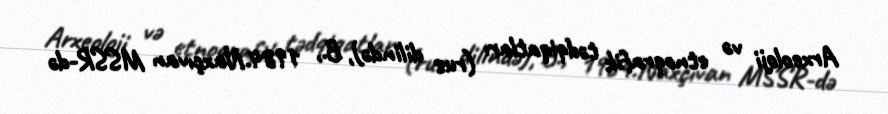
Arxeoloji və etnoqrafik tədqiqatları (rus dilində), B., 1984.Naxçıvan MSSR-də